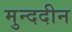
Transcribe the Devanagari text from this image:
मुन्ददीन